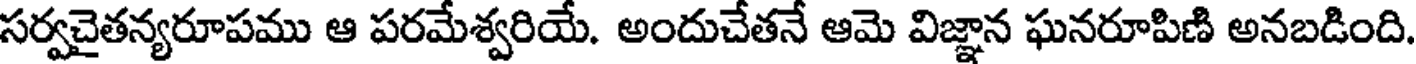
సర్వచైతన్యరూపము ఆ పరమేశ్వరియే. అందుచేతనే ఆమె విజ్ఞాన ఘనరూపిణి అనబడింది